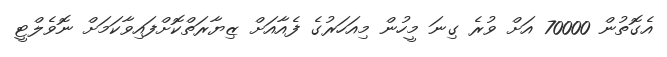
އެގޮތުން 70000 އަށް ވުރެ ގިނަ މީހުން މިއަހަރުގެ ފެއާއަށް ޒިޔާރަތްކޮށްފައިވާކަމަށް ނޮވެލްޓީ